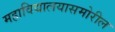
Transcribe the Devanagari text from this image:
महाविद्यालयासमोरील